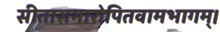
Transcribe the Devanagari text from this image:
सीतासमारोपितवामभागम्।